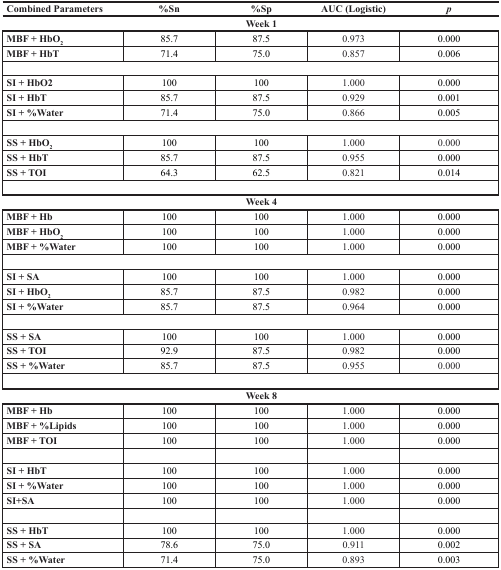
<table><thead><tr><td><b>Combined Parameters</b></td><td><b>%Sn</b></td><td><b>%Sp</b></td><td><b>AUC (Logistic)</b></td><td><b><i>p</i></b></td></tr><tr><td colspan="5"><b>Week 1</b></td></tr></thead><tbody><tr><td><b>MBF + HbO<sub>2</sub></b></td><td>85.7</td><td>87.5</td><td>0.973</td><td>0.000</td></tr><tr><td><b>MBF + HbT</b></td><td>71.4</td><td>75.0</td><td>0.857</td><td>0.006</td></tr><tr><td><b>SI + HbO2</b></td><td>100</td><td>100</td><td>1.000</td><td>0.000</td></tr><tr><td><b>SI + HbT</b></td><td>85.7</td><td>87.5</td><td>0.929</td><td>0.001</td></tr><tr><td><b>SI + %Water</b></td><td>71.4</td><td>75.0</td><td>0.866</td><td>0.005</td></tr><tr><td><b>SS + HbO<sub>2</sub></b></td><td>100</td><td>100</td><td>1.000</td><td>0.000</td></tr><tr><td><b>SS + HbT</b></td><td>85.7</td><td>87.5</td><td>0.955</td><td>0.000</td></tr><tr><td><b>SS + TOI</b></td><td>64.3</td><td>62.5</td><td>0.821</td><td>0.014</td></tr><tr><td colspan="5"><b>Week 4</b></td></tr><tr><td><b>MBF + Hb</b></td><td>100</td><td>100</td><td>1.000</td><td>0.000</td></tr><tr><td><b>MBF + HbO<sub>2</sub></b></td><td>100</td><td>100</td><td>1.000</td><td>0.000</td></tr><tr><td><b>MBF + %Water</b></td><td>100</td><td>100</td><td>1.000</td><td>0.000</td></tr><tr><td><b>SI + SA</b></td><td>100</td><td>100</td><td>1.000</td><td>0.000</td></tr><tr><td><b>SI + HbO<sub>2</sub></b></td><td>85.7</td><td>87.5</td><td>0.982</td><td>0.000</td></tr><tr><td><b>SI + %Water</b></td><td>85.7</td><td>87.5</td><td>0.964</td><td>0.000</td></tr><tr><td><b>SS + SA</b></td><td>100</td><td>100</td><td>1.000</td><td>0.000</td></tr><tr><td><b>SS + TOI</b></td><td>92.9</td><td>87.5</td><td>0.982</td><td>0.000</td></tr><tr><td><b>SS + %Water</b></td><td>85.7</td><td>87.5</td><td>0.955</td><td>0.000</td></tr><tr><td colspan="5"><b>Week 8</b></td></tr><tr><td><b>MBF + Hb</b></td><td>100</td><td>100</td><td>1.000</td><td>0.000</td></tr><tr><td><b>MBF + %Lipids</b></td><td>100</td><td>100</td><td>1.000</td><td>0.000</td></tr><tr><td><b>MBF + TOI</b></td><td>100</td><td>100</td><td>1.000</td><td>0.000</td></tr><tr><td><b>SI + HbT</b></td><td>100</td><td>100</td><td>1.000</td><td>0.000</td></tr><tr><td><b>SI + %Water</b></td><td>100</td><td>100</td><td>1.000</td><td>0.000</td></tr><tr><td><b>SI+SA</b></td><td>100</td><td>100</td><td>1.000</td><td>0.000</td></tr><tr><td><b>SS + HbT</b></td><td>100</td><td>100</td><td>1.000</td><td>0.000</td></tr><tr><td><b>SS + SA</b></td><td>78.6</td><td>75.0</td><td>0.911</td><td>0.002</td></tr><tr><td><b>SS + %Water</b></td><td>71.4</td><td>75.0</td><td>0.893</td><td>0.003</td></tr></tbody></table>